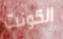
الكونت